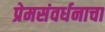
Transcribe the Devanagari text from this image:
प्रेमसंवर्धनाचा